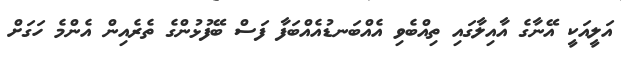
އަލީއަކީ އޭނާގެ އާއިލާގައި ތިއްބެވި އެއްބަނޑުއެއްބަފާ ފަސް ބޭފުޅުންގެ ތެރެއިން އެންމެ ހަގަށް